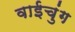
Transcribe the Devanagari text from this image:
वाईचुंग